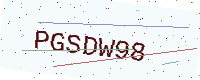
Text: PGSDW98